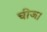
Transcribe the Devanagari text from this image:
चीज।